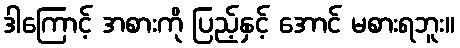
ဒါကြောင့် အစားကို ပြည့်နှင့် အောင် မစားရဘူး။